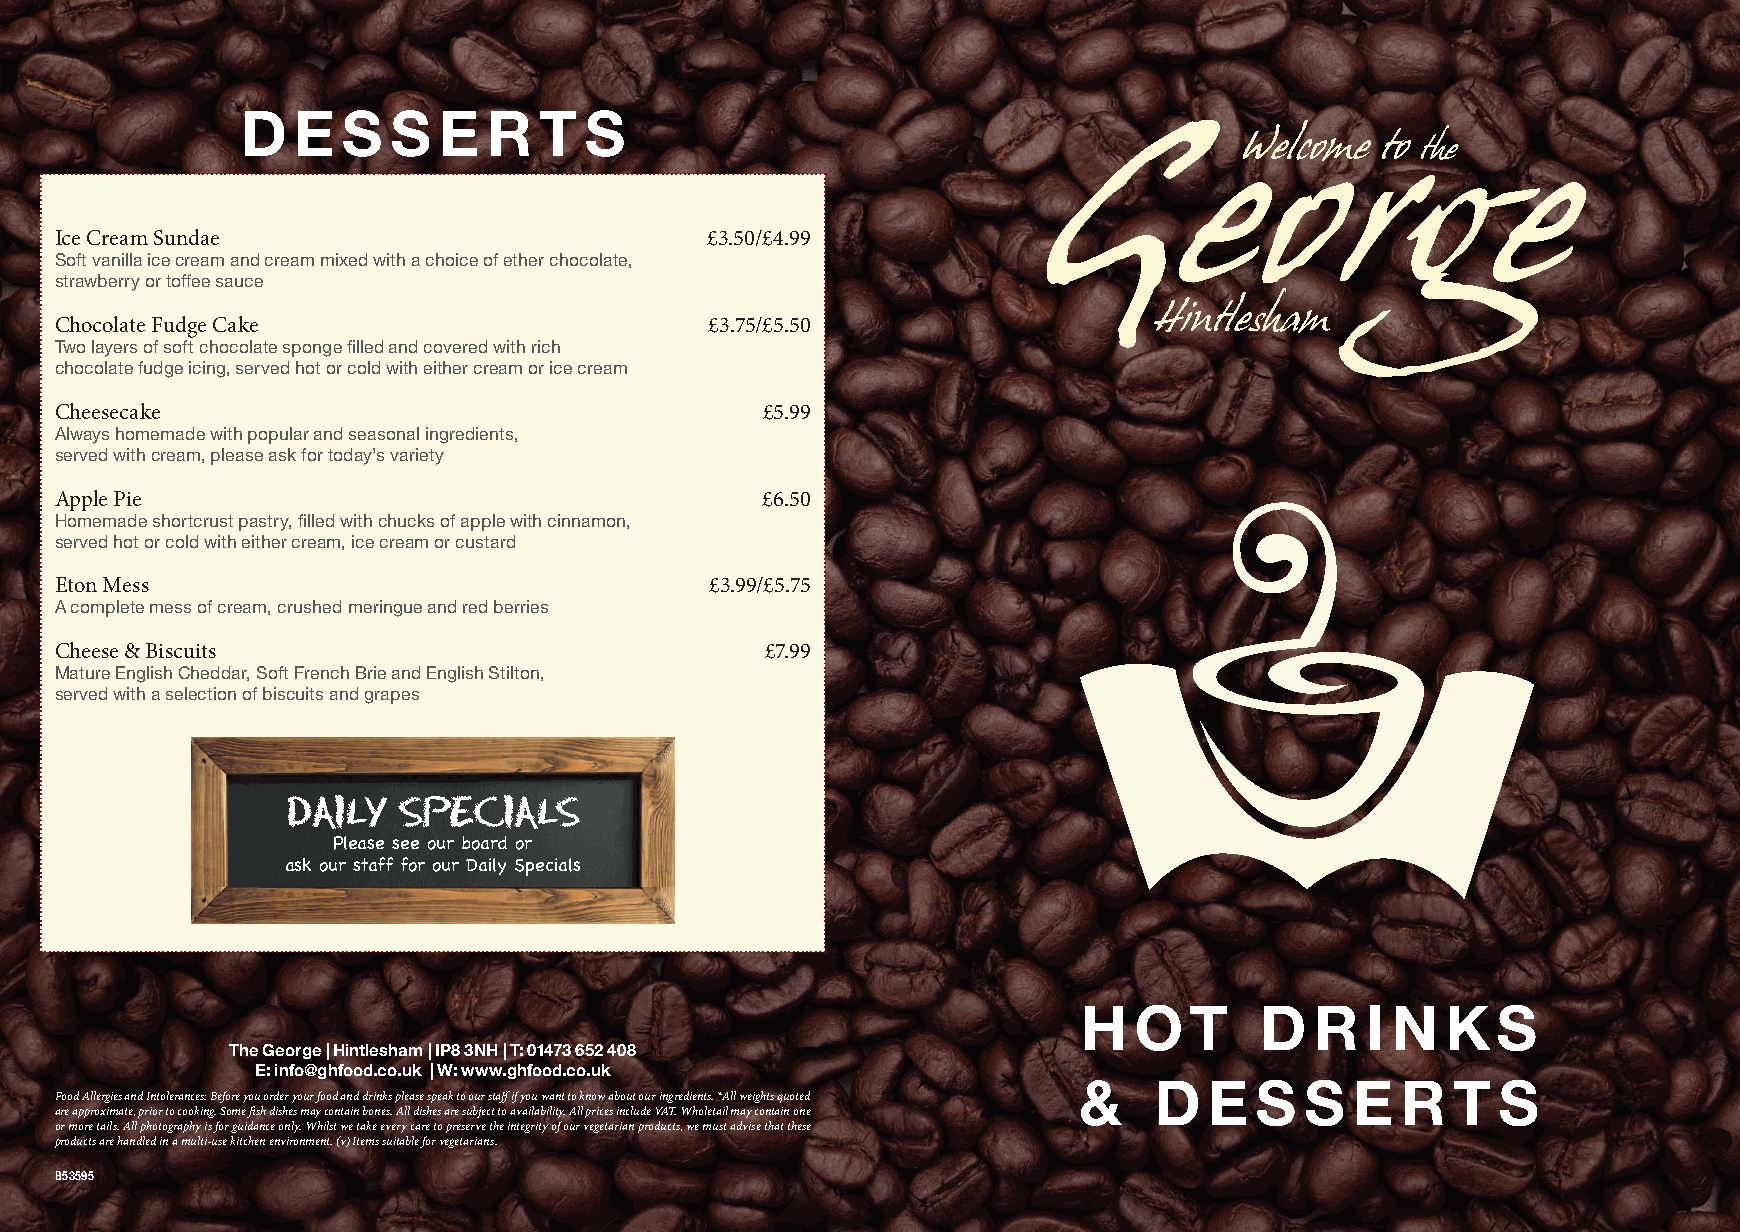
D   E  S  S  E  R   T  S
 Welcome   to the
 George
 Ice Cream Sundae                           £3.50/£4.99
 Soft vanilla ice cream and cream mixed with a choice of ether chocolate,
 strawberry or toffee sauce
 Chocolate Fudge Cake                       £3.75/£5.50                   Hintlesham
 Two layers of soft chocolate sponge filled and covered with rich
 chocolate fudge icing, served hot or cold with either cream or ice cream
 Cheesecake                                     £5.99
 Always homemade with popular and seasonal ingredients,
 served with cream, please ask for today’s variety
 Apple Pie                                      £6.50
 Homemade shortcrust pastry, filled with chucks of apple with cinnamon,
 served hot or cold with either cream, ice cream or custard
 Eton Mess                                  £3.99/£5.75
 A complete mess of cream, crushed meringue and red berries
 Cheese & Biscuits                              £7.99
 Mature English Cheddar, Soft French Brie and English Stilton,
 served with a selection of biscuits and grapes
 DAILY  SPECIALS
 Please see our board or
 ask our staff for our Daily Specials
 H  OT       D  R   I N  KS
 The George | Hintlesham | IP8 3NH | T: 01473 652 408
 E: info@ghfood.co.uk | W: www.ghfood.co.uk
 Food Allergies and Intolerances: Before you order your food and drinks please speak to our staff if you want to know about our ingredients. *All weights quoted & D E S S E R T S
 are approximate, prior to cooking. Some fish dishes may contain bones. All dishes are subject to availability. All prices include VAT. Wholetail may contain one
 or more tails. All photography is for guidance only. Whilst we take every care to preserve the integrity of our vegetarian products, we must advise that these
 products are handled in a multi-use kitchen environment. (v) Items suitable for vegetarians.
 B53595